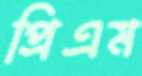
প্রিএম